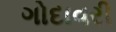
ગોદાવરી